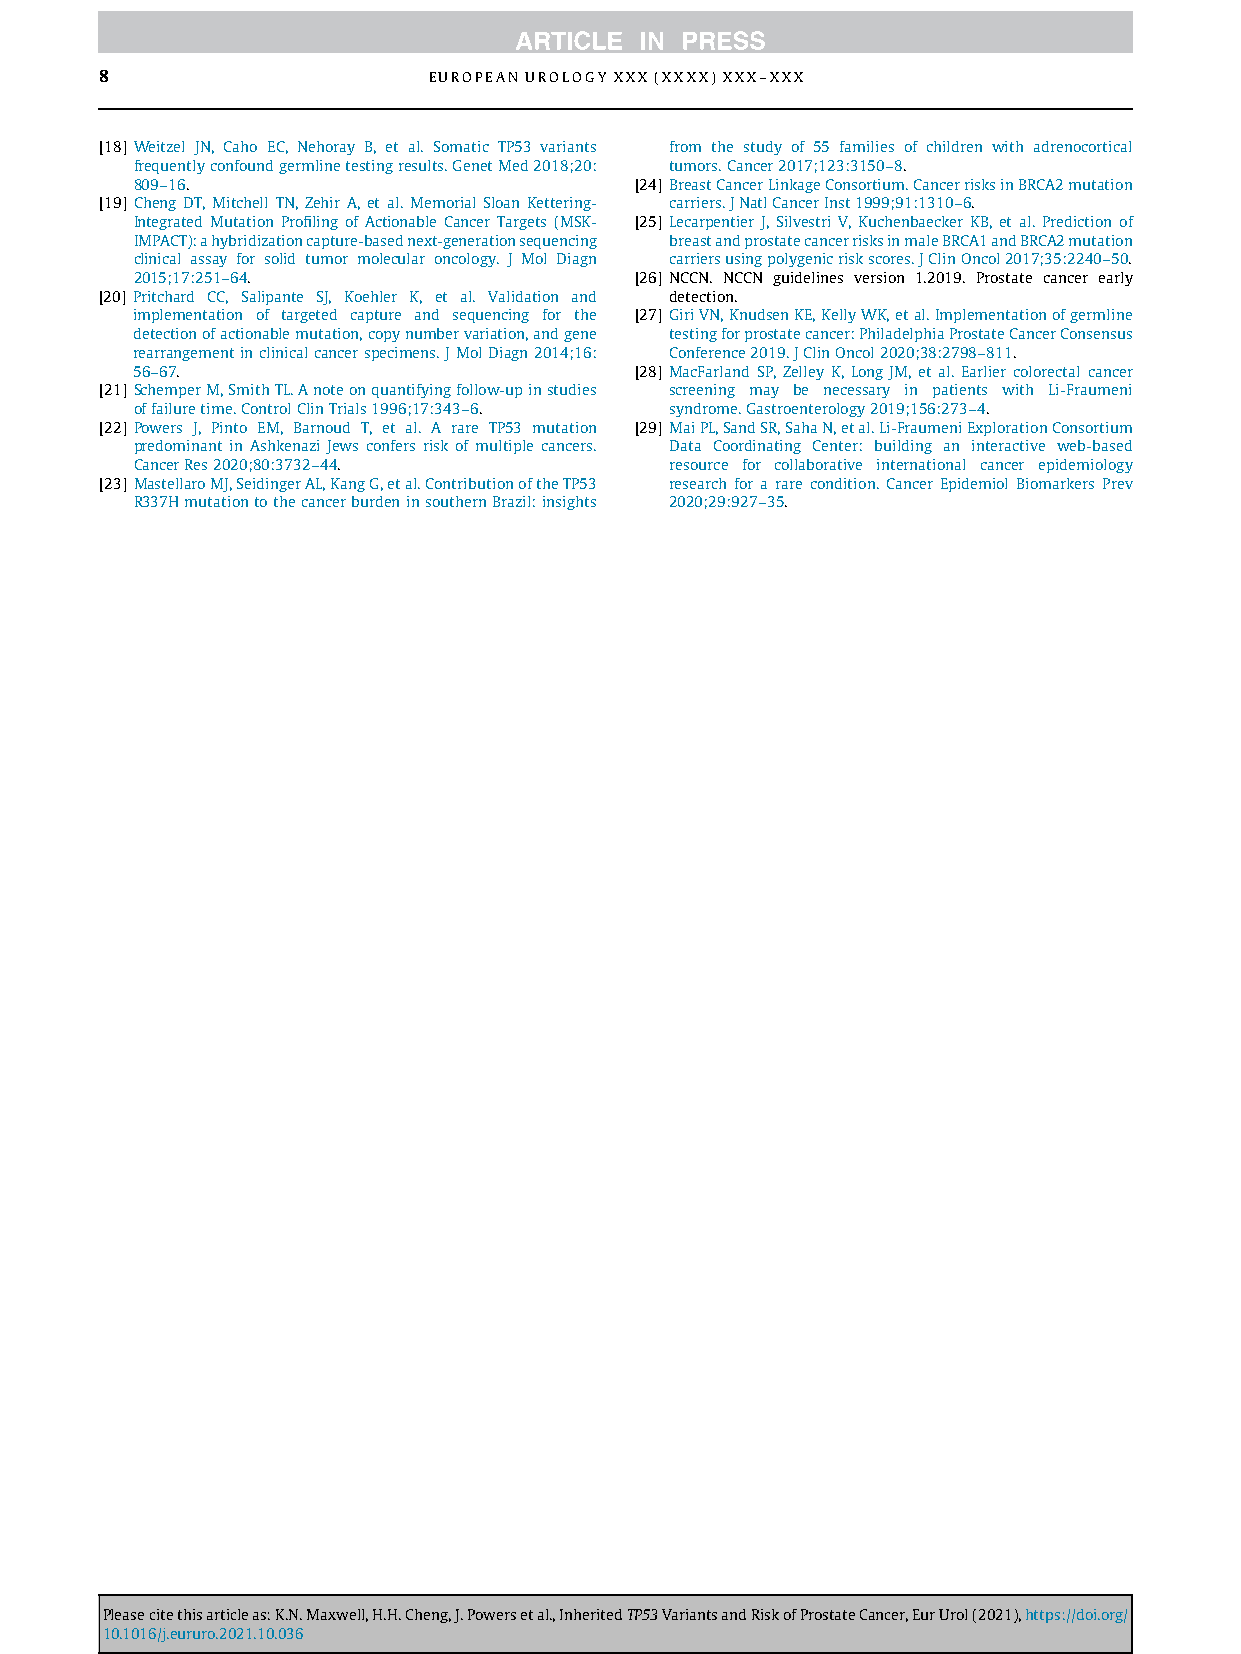
8                    EUROPEAN UROLOGY XXX (XXXX) XXX–XXX
 [18] Weitzel JN, Caho EC, Nehoray B, et al. Somatic TP53 variants from the study of 55 families of children with adrenocortical
 frequentlyconfoundgermlinetestingresults.GenetMed2018;20: tumors.Cancer2017;123:3150–8.
 809–16.                          [24] BreastCancerLinkageConsortium.CancerrisksinBRCA2mutation
 [19] Cheng DT, Mitchell TN, Zehir A, et al. Memorial Sloan Kettering- carriers.JNatlCancerInst1999;91:1310–6.
 Integrated Mutation Profiling of Actionable Cancer Targets (MSK- [25] Lecarpentier J, Silvestri V, Kuchenbaecker KB, et al. Prediction of
 IMPACT):ahybridizationcapture-basednext-generationsequencing breastandprostatecancerrisksinmaleBRCA1andBRCA2mutation
 clinical assay for solid tumor molecular oncology. J Mol Diagn carriersusingpolygenicriskscores.JClinOncol2017;35:2240–50.
 2015;17:251–64.                  [26] NCCN. NCCN guidelines version 1.2019. Prostate cancer early
 [20] Pritchard CC, Salipante SJ, Koehler K, et al. Validation and detection.
 implementation of targeted capture and sequencing for the [27] GiriVN,KnudsenKE,KellyWK,etal.Implementationofgermline
 detectionofactionablemutation,copynumbervariation,andgene testingforprostatecancer:PhiladelphiaProstateCancerConsensus
 rearrangementinclinicalcancerspecimens.JMolDiagn2014;16: Conference2019.JClinOncol2020;38:2798–811.
 56–67.                           [28] MacFarland SP, Zelley K, Long JM, et al. Earlier colorectal cancer
 [21] SchemperM,SmithTL.Anoteonquantifyingfollow-upinstudies screening may be necessary in patients with Li-Fraumeni
 offailuretime.ControlClinTrials1996;17:343–6. syndrome.Gastroenterology2019;156:273–4.
 [22] Powers J, Pinto EM, Barnoud T, et al. A rare TP53 mutation [29] MaiPL,SandSR,SahaN,etal.Li-FraumeniExplorationConsortium
 predominant in Ashkenazi Jews confers risk of multiple cancers. Data Coordinating Center: building an interactive web-based
 CancerRes2020;80:3732–44.          resource for collaborative international cancer epidemiology
 [23] MastellaroMJ,SeidingerAL,KangG,etal.ContributionoftheTP53 research for a rare condition. Cancer Epidemiol Biomarkers Prev
 R337HmutationtothecancerburdeninsouthernBrazil:insights 2020;29:927–35.
 Pleasecitethisarticleas:K.N.Maxwell,H.H.Cheng,J.Powersetal.,InheritedTP53VariantsandRiskofProstateCancer,EurUrol(2021),https://doi.org/
 10.1016/j.eururo.2021.10.036